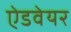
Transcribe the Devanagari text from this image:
ऐडवेयर